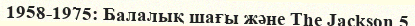
1958-1975: Балалық шағы және The Jackson 5